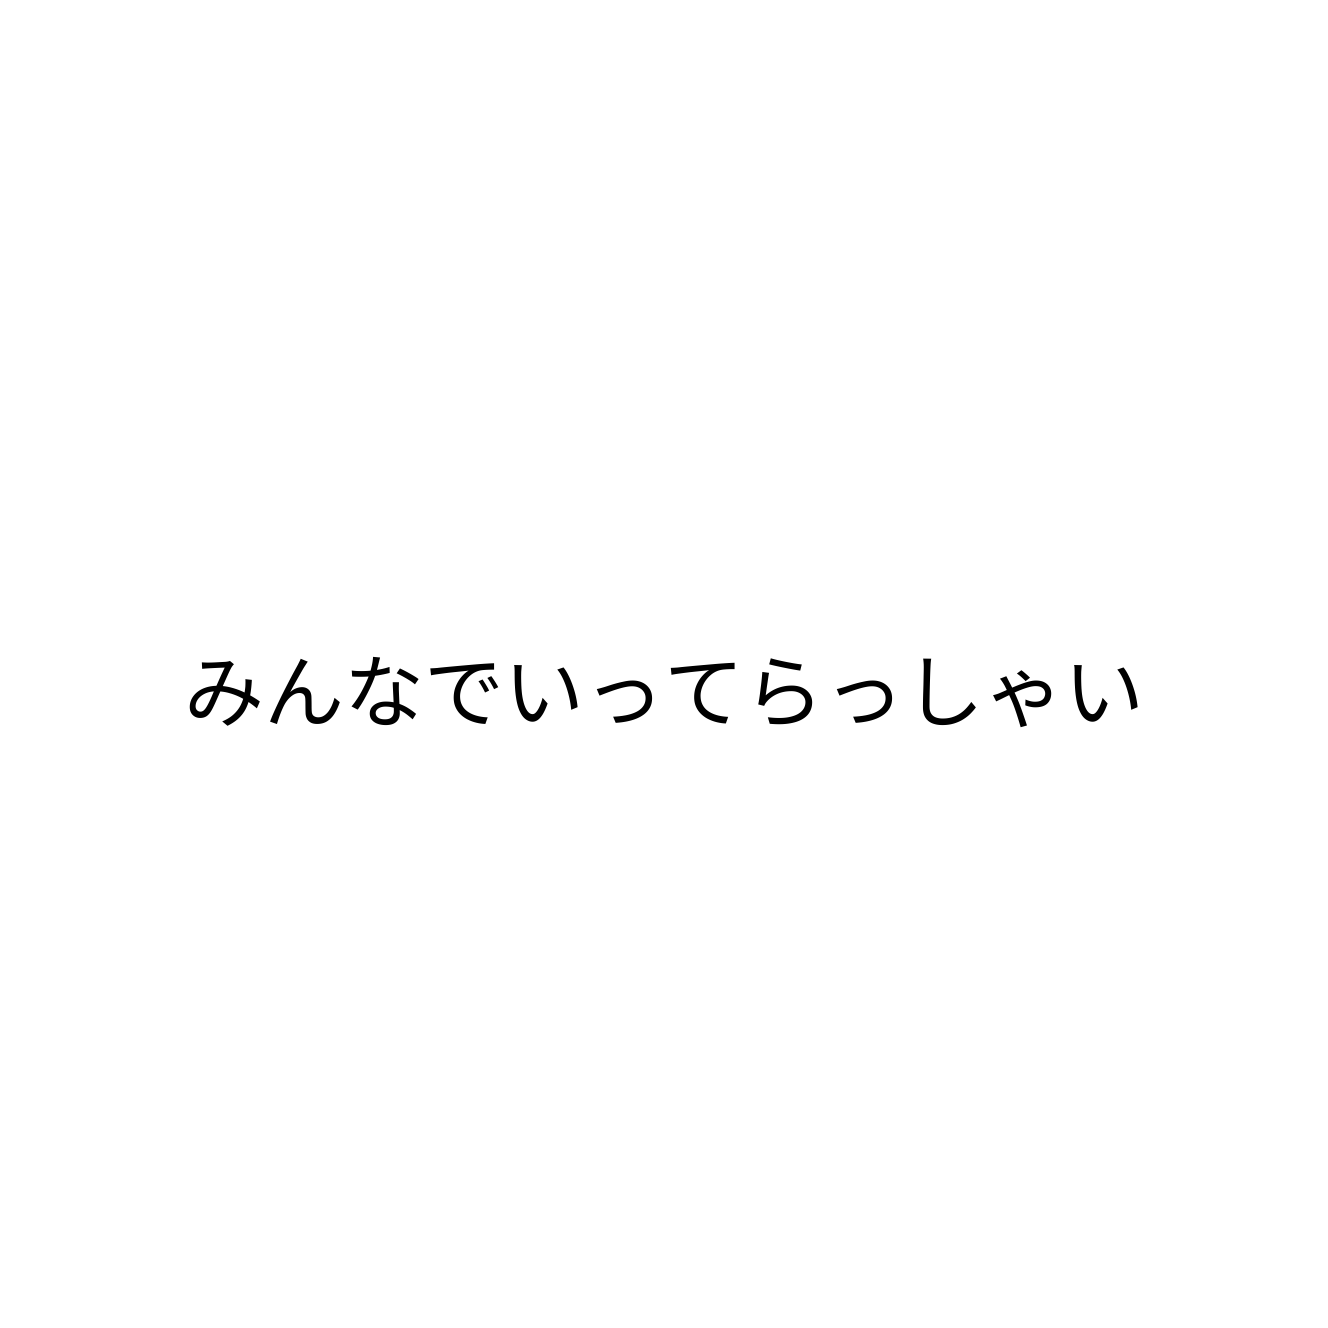
みんなでいってらっしゃい